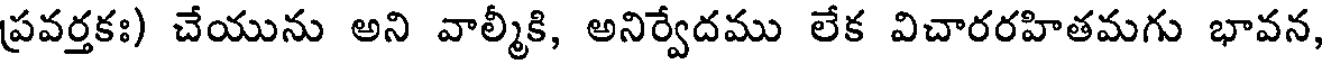
ప్రవర్తకః) చేయును అని వాల్మీకి, అనిర్వేదము లేక విచారరహితమగు భావన,